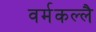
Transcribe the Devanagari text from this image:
वर्मकल्लै